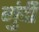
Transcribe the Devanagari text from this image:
गुंदी